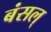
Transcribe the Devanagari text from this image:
बंसल्